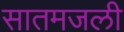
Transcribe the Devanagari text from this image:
सातमजली